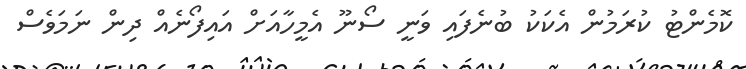
ކޮމެންޓު ކުރަމުން އެކަކު ބުނެފައި ވަނީ ސޯނޫ އެމީހާއަށް އައިފޯނެއް ދިން ނަމަވެސް